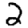
Digit: 2